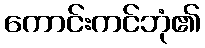
ကောင်းကင်ဘုံ၏